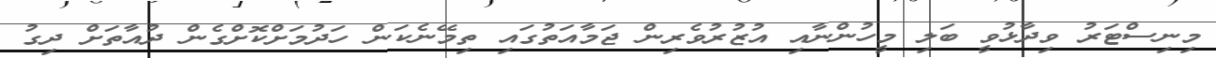
މިނިސްޓަރު ވިދާޅުވީ ބަލި މީހުންނާއި އުޒުރުވެރިން ޖަމާއަތުގައި ތިމޭނެކަން ހަދުމަށްކޮށްގެން ދުއާތަށް ދިގު